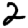
Digit: 2